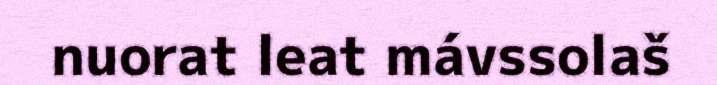
nuorat leat mávssolaš